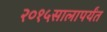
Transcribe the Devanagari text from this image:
२०१५सालापर्यंत